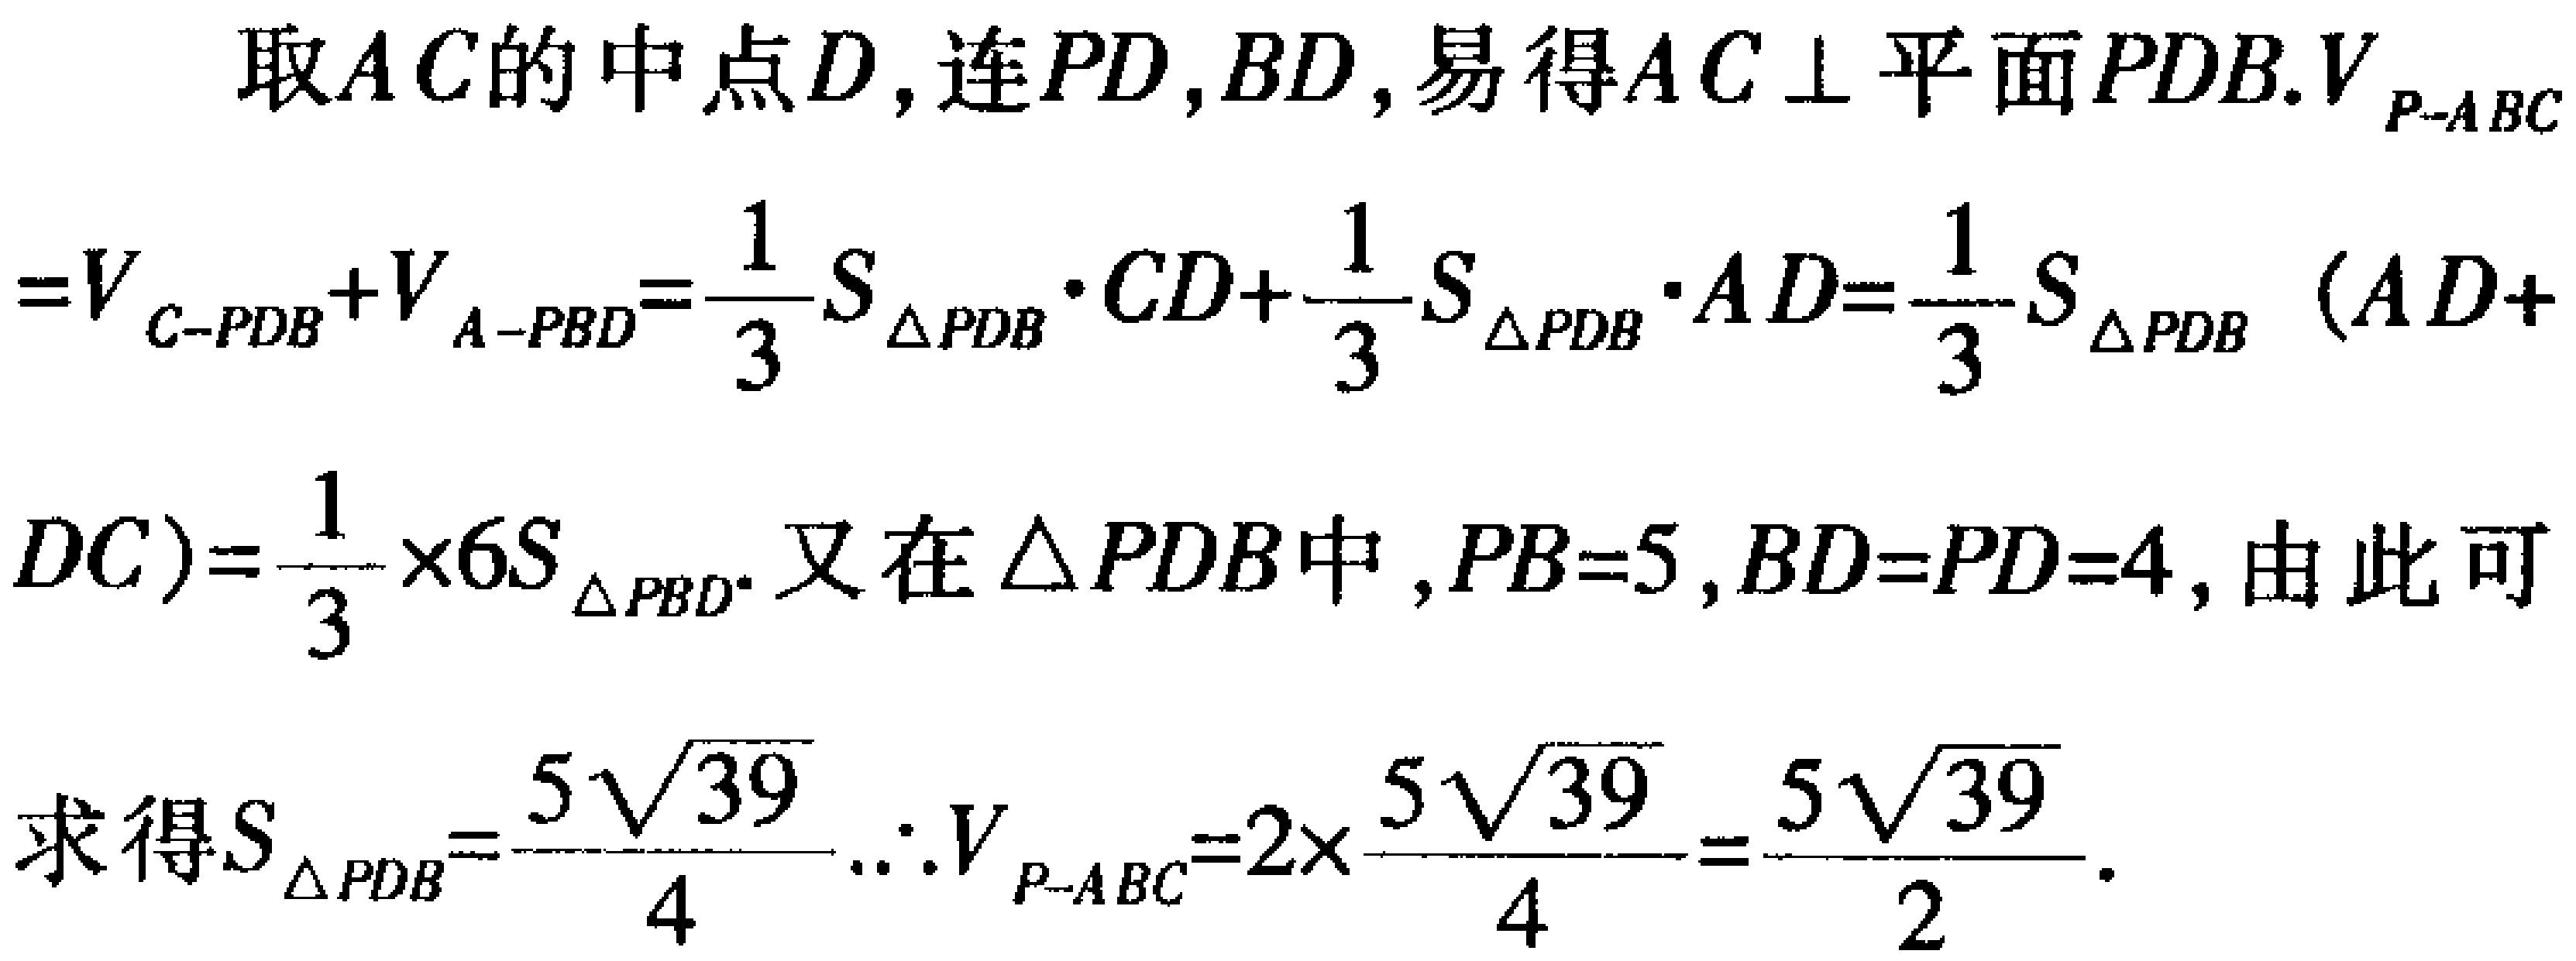
取\(AC\)的中点\(D\)，连\(PD,BD\)，易得\(AC\perp\)平面\(PDB\).\(V_{P - ABC}\)

\(=V_{C - PDB}+V_{A - PBD}=\frac{1}{3}S_{\triangle PDB}\cdot CD+\frac{1}{3}S_{\triangle PDB}\cdot AD=\frac{1}{3}S_{\triangle PDB}(AD +\)

\(DC)=\frac{1}{3}\times6S_{\triangle PBD}\). 又在\(\triangle PDB\)中，\(PB = 5,BD = PD = 4\)，由此可

求得\(S_{\triangle PDB}=\frac{5\sqrt{39}}{4}\).\(\therefore V_{P - ABC}=2\times\frac{5\sqrt{39}}{4}=\frac{5\sqrt{39}}{2}\).